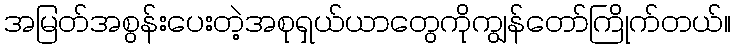
အမြတ်အစွန်းပေးတဲ့အစုရှယ်ယာတွေကိုကျွန်တော်ကြိုက်တယ်။